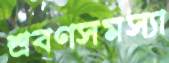
শ্রবণসমস্যা